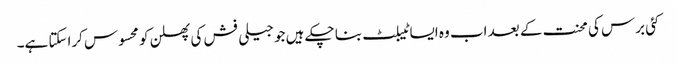
کئی برس کی محنت کے بعد اب وہ ایسا ٹیبلٹ بنا چکے ہیں جو جیلی فش کی پھسلن کو محسوس کراسکتا ہے۔